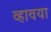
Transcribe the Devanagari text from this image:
व्हावया